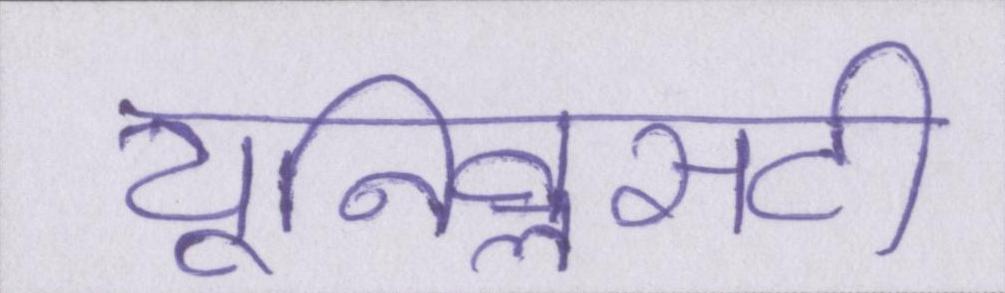
यूनिवॢसटी